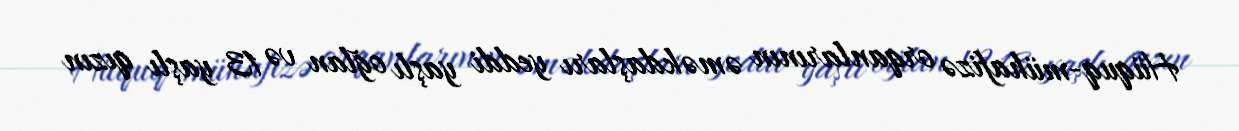
Hüquq-mühafizə orqanlarının əməkdaşları yeddi yaşlı oğlan və 13 yaşlı qızın